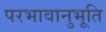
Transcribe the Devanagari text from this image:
परभावानुभूति